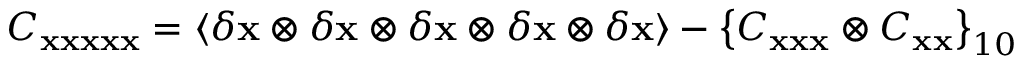
C _ { \bf x x x x x } = \langle \delta { \bf x } \otimes \delta { \bf x } \otimes \delta { \bf x } \otimes \delta { \bf x } \otimes \delta { \bf x } \rangle - \left\lbrace C _ { \bf x x x } \otimes C _ { \bf x x } \right\rbrace _ { 1 0 }